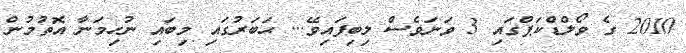
2010 ގެ ވޯލްޑްކަޕްގައި 3 ވަނަވެސް ލިބިފައިވޭ... ޙަބަރުގައި މިބައި ނުހިމަނާ އޮތުމުން